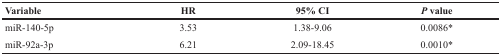
| Variable | HR | 95% CI | P value |
 | --- | --- | --- | --- |
 | miR-140-5p | 3.53 | 1.38-9.06 | 0.0086* |
 | miR-92a-3p | 6.21 | 2.09-18.45 | 0.0010* |